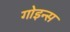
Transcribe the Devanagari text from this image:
गोइन्स